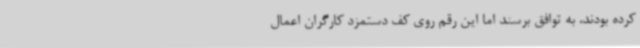
کرده بودند، به توافق برسند اما این رقم روی کف دستمزد کارگران اعمال